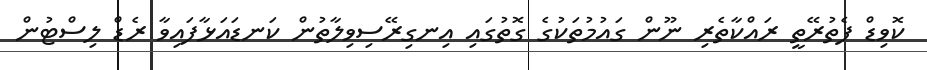
ކޮވިޑް ފެތުރޭތީ ރައްކާތެރި ނޫން ގައުމުތަކުގެ ގޮތުގައި އިނގިރޭސިވިލާތުން ކަނޑައަޅާފައިވާ ރެޑް ލިސްޓުން